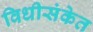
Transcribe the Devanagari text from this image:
विधीसंकेत